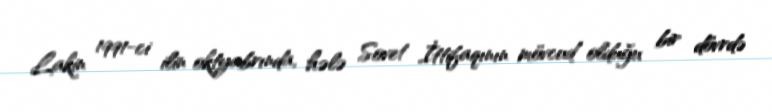
Lakin 1991-ci ilin oktyabrında, hələ Sovet İttifaqının mövcud olduğu bir dövrdə